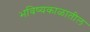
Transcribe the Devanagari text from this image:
भविष्यकाळातील